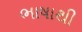
ભાષાથી